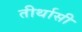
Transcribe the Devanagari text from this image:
तीर्थासी